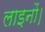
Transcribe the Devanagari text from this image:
लाइनों।